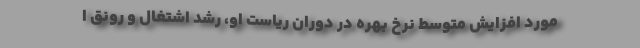
مورد افزایش متوسط نرخ بهره در دوران ریاست او، رشد اشتغال و رونق ا